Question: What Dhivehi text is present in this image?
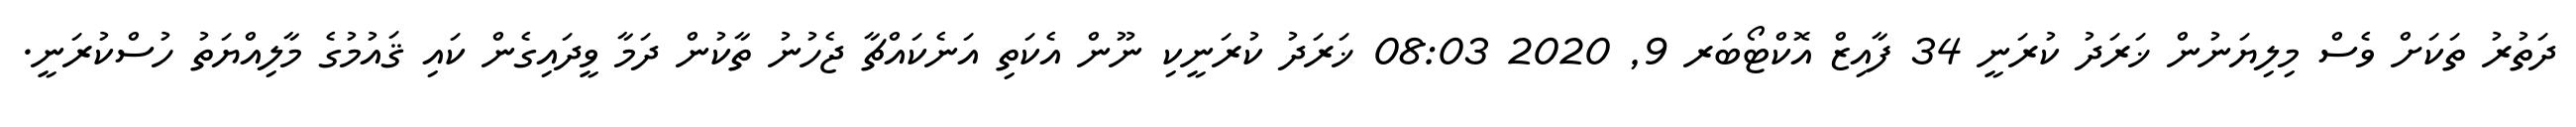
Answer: ދަތުރު ތަކަށް ވެސް މިލިޔަނުން ޚަރަދު ކުރަނީ 34 ފާއިޒް އޮކްޓޯބަރ 9, 2020 08:03 ޚަރަދު ކުރަނީކި ނޫން އެކަތި އަނެކައްޗާ ޖެހުނު ތާކުން ދަމާ ވީދައިގެން ކައި ޤައުމުގެ މާލިއްޔަތު ހުސްކުރަނީ.